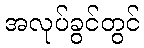
အလုပ်ခွင်တွင်